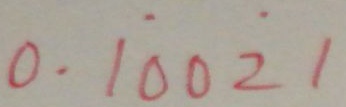
0 . 1 \dot { 0 } 0 \dot { 2 } 1